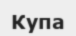
Купа